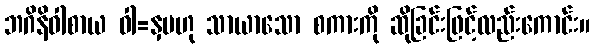
ဘဂိနိဝါစာယ ဝါ=နှမဟု သာယာသော စကားကို ဆိုခြင်းဖြင့်လည်းကောင်း။